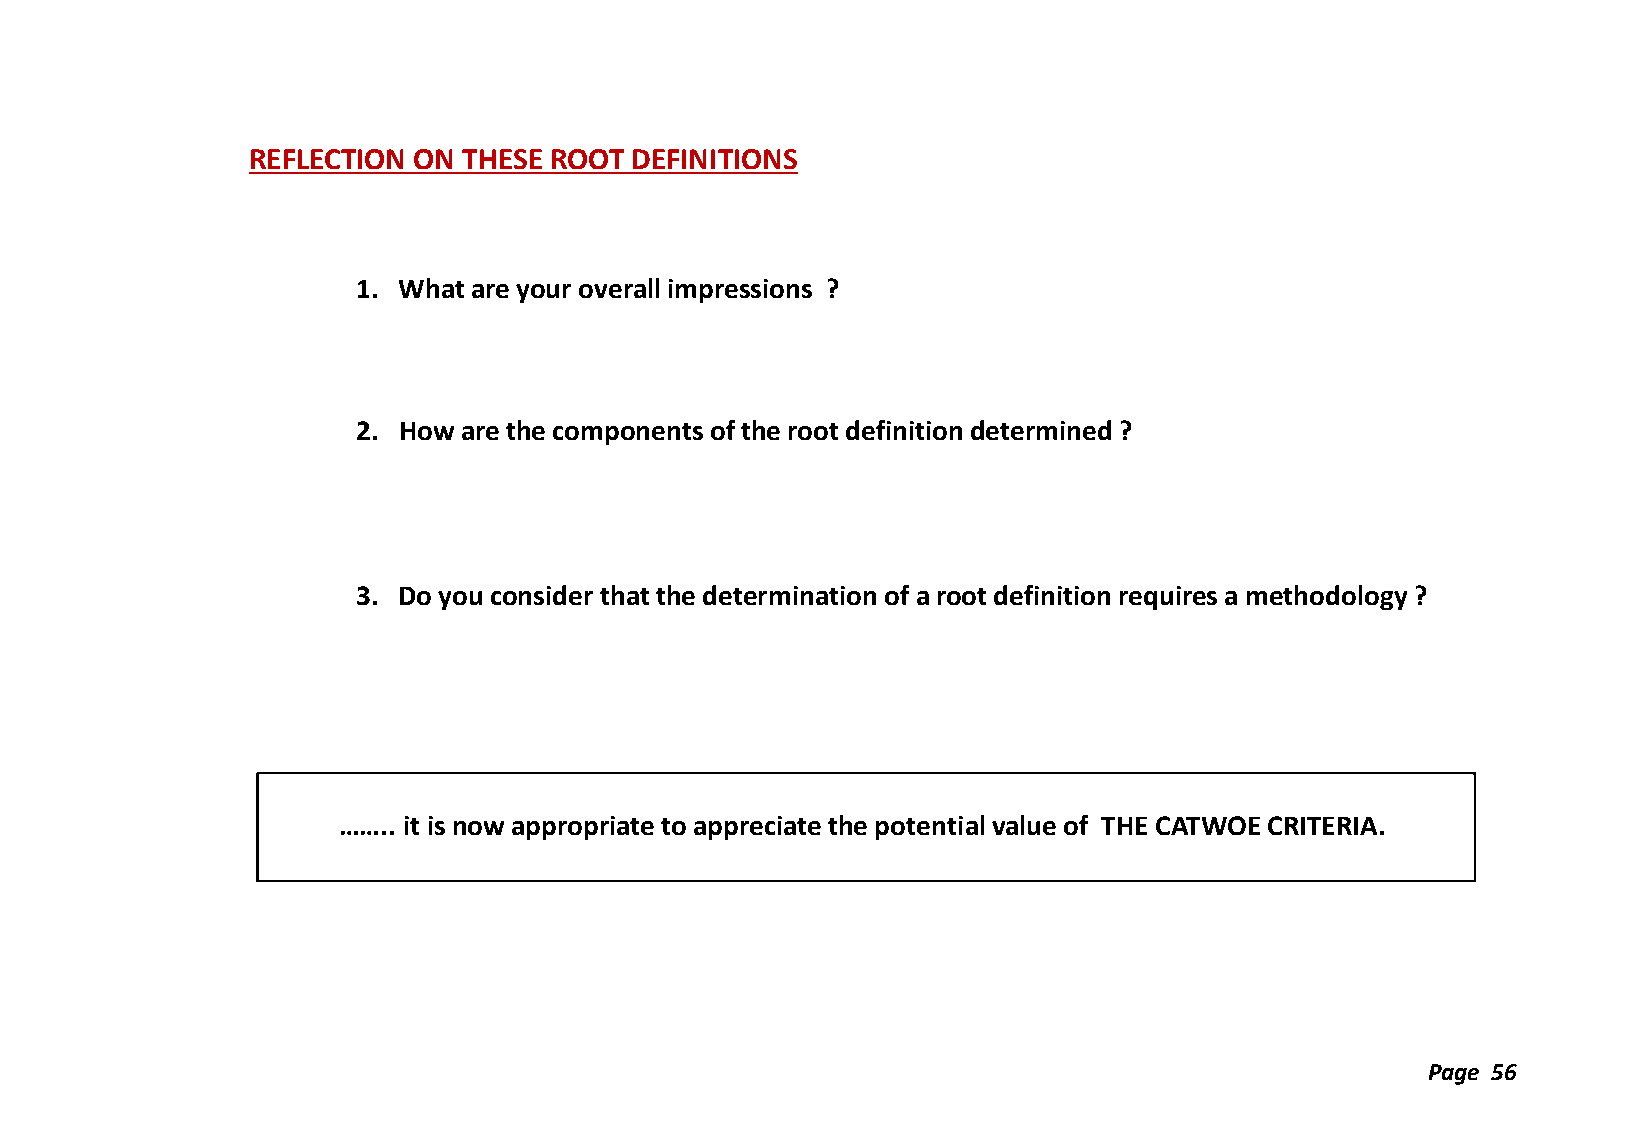
REFLECTION ON  THESE ROOT DEFINITIONS
 1. What are your overall impressions ?
 2. How are the components of the root definition determined ?
 3. Do you consider that the determination of a root definition requires a methodology ?
 …….. it is now appropriate to appreciate the potential value of THE CATWOE CRITERIA.
 Page 56